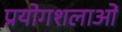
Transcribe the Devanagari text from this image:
प्रयोगशलाओं